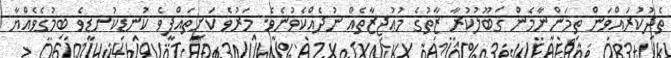
ތެދުކުރައްވަން ތިމަންނާމެން ޤަބޫލުކުރާ ޒާތުގެ މުޢުޖިޒާތެއް ނުދެއްކެވުނެވެ. މަރުވެ ކަށިތައްފީވެ ކުނޑިކުނޑިވެ ބިމުގެވެއްޔާ